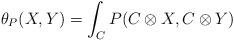
LaTeX: \begin{align*} \theta_{P}(X, Y) = \int_{C} P(C \otimes X, C \otimes Y) \end{align*}